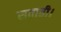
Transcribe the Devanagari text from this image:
सताती।